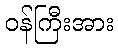
ဝန်ကြီးအား